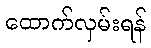
ထောက်လှမ်းရန်